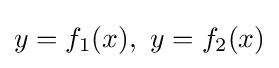
y=f_{1}(x),\ y=f_{2}(x)